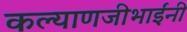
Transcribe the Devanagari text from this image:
कल्याणजीभाईंनी